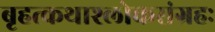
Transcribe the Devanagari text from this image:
बृहत्कथाश्लोकसंग्रहः